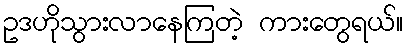
ဥဒဟိုသွားလာနေကြတဲ့ ကားတွေရယ်။